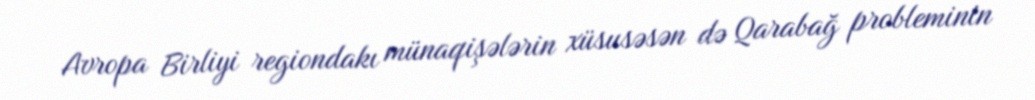
Avropa Birliyi regiondakı münaqişələrin xüsusəsən də Qarabağ probleminin